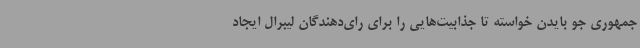
جمهوری جو بایدن خواسته تا جذابیت‌هایی را برای رای‌دهندگان لیبرال ایجاد